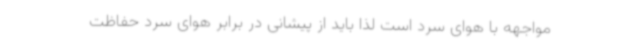
مواجهه با هوای سرد است لذا باید از پیشانی در برابر هوای سرد حفاظت